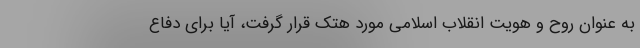
به عنوان روح و هویت انقلاب اسلامی مورد هتک قرار گرفت، آیا برای دفاع